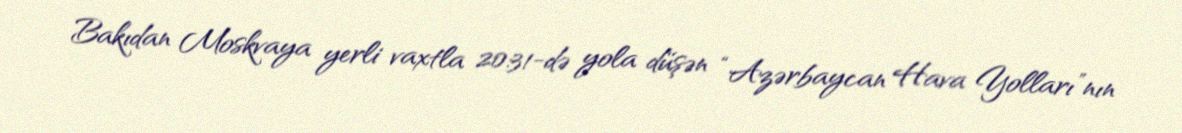
Bakıdan Moskvaya yerli vaxtla 20:31-də yola düşən “Azərbaycan Hava Yolları”nın